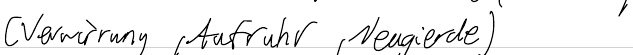
(Verwirrung, Aufruhr, Neugierde)